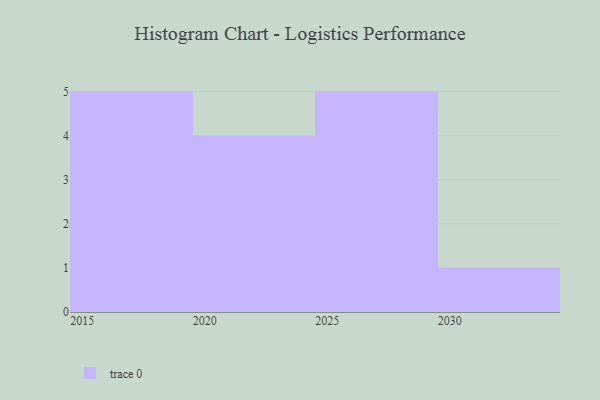
{"axis": {"x": "Year", "y": "Humidity (%)"}, "legend": [""], "data": [{"x": "2023", "y": 82, "type": ""}, {"x": "2026", "y": 20, "type": ""}, {"x": "2018", "y": 85, "type": ""}, {"x": "2016", "y": 68, "type": ""}, {"x": "2028", "y": 71, "type": ""}, {"x": "2029", "y": 48, "type": ""}, {"x": "2015", "y": 11, "type": ""}, {"x": "2017", "y": 67, "type": ""}, {"x": "2027", "y": 60, "type": ""}, {"x": "2025", "y": 91, "type": ""}, {"x": "2021", "y": 73, "type": ""}, {"x": "2020", "y": 97, "type": ""}, {"x": "2022", "y": 18, "type": ""}, {"x": "2030", "y": 74, "type": ""}, {"x": "2019", "y": 94, "type": ""}]}